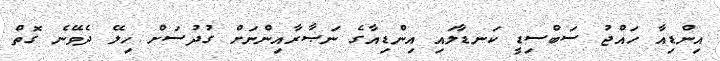
އިންޑިއާ ހައްޖު ސަބްސިޑީ ކަނޑާލައި އިންޑިއާގެ ނަޞާރާއިންނަށް ގުދުސަށް ހިލޭ ދެވޭނެ ގޮތް